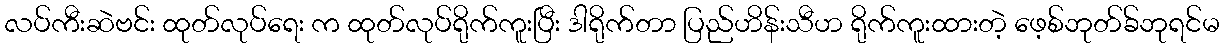
လပ်ကီးဆဲဗင်း ထုတ်လုပ်ရေး က ထုတ်လုပ်ရိုက်ကူးပြီး ဒါရိုက်တာ ပြည်ဟိန်းသီဟ ရိုက်ကူးထားတဲ့ ဖေ့စ်ဘုတ်ခ်ဘုရင်မ